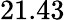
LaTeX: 21.43